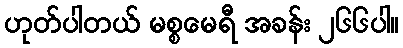
ဟုတ်ပါတယ် မစ္စမေရီ အခန်း ၂၆၆ပါ။